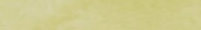
TryOurPizza